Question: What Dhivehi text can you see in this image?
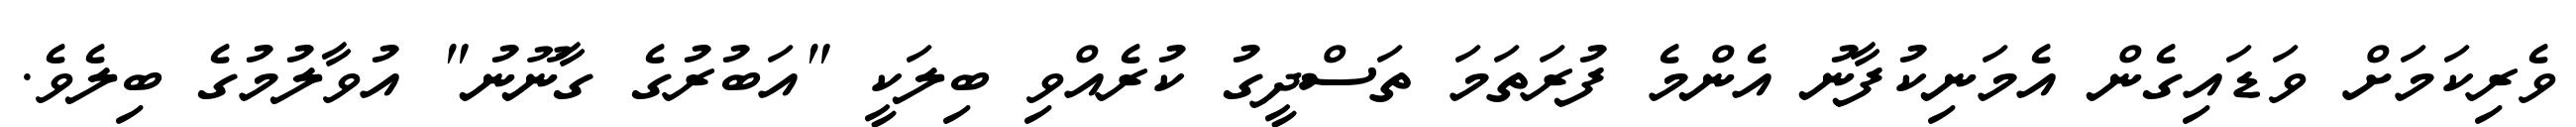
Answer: ވެރިކަމަށް ވަޑައިގެން އެމަނިކުފާނު އެންމެ ފުރަތަމަ ތަސްދީގު ކުރެއްވި ބިލަކީ "އަބުރުގެ ގާނޫނު" އުވާލުމުގެ ބިލެވެ.